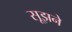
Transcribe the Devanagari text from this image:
सूझने